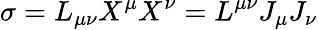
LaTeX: \sigma=L_{\mu\nu}X^{\mu}X^{\nu}=L^{\mu\nu}J_{\mu}J_{\nu}